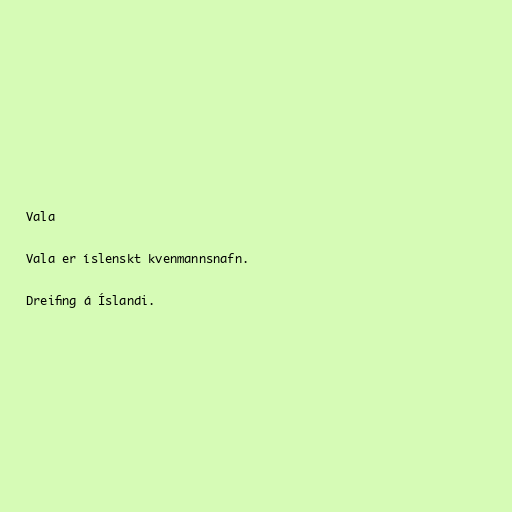
Vala

Vala er íslenskt kvenmannsnafn.

Dreifing á Íslandi.